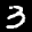
Label: 3